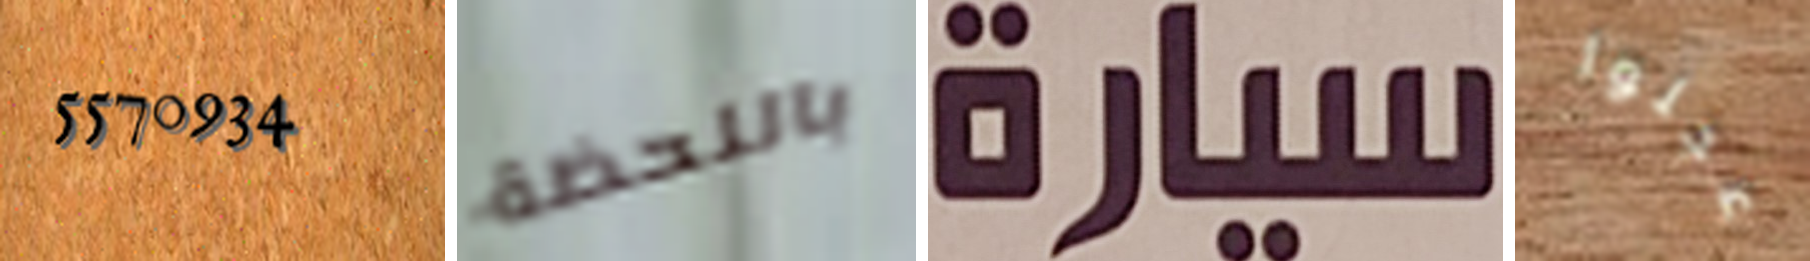
5570934 باللحظة سيارة عجلوا